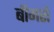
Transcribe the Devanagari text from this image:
बीमरों